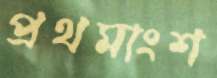
প্রথমাংশ